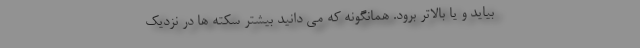
بیاید و یا بالاتر برود. همانگونه که می دانید بیشتر سکته ها در نزدیک